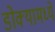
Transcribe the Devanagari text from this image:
डोक्यामध्ये